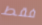
فقط